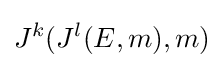
J^{k}(J^{l}(E,m),m)